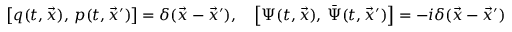
\left[ q ( t , \vec { x } ) , \, p ( t , \vec { x } ^ { \prime } ) \right] = \delta ( \vec { x } - \vec { x } ^ { \prime } ) , \quad \left[ \Psi ( t , \vec { x } ) , \, \bar { \Psi } ( t , \vec { x } ^ { \prime } ) \right] = - i \delta ( \vec { x } - \vec { x } ^ { \prime } )